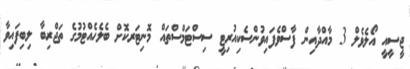
ޖީސީއީ އޯލެވެލް 3 މާއްދާއިން ފާސްވެފައިވުންސެކިއުރިޓީ ސިސްޓަމްސްތައް މޮނިޓަރކޮށް ބެލެހެއްޓުމުގެ ތަޖްރިބާ ލިބިފައިވާ